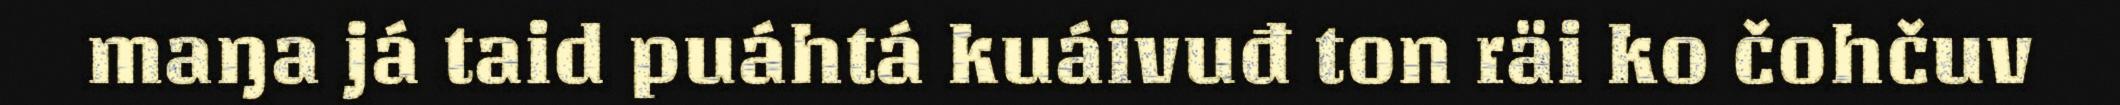
maŋa já taid puáhtá kuáivuđ ton räi ko čohčuv